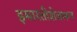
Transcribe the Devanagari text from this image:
इमारतीशेजारून